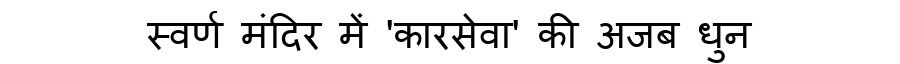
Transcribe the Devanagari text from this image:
स्वर्ण मंदिर में 'कारसेवा' की अजब धुन